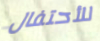
للأحتفال